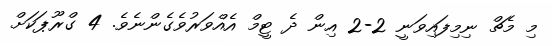
މި މެޗް ނިމިފައިވަނީ 2-2 އިން ދެ ޓީމް އެއްވަރުވެގެންނެވެ. 4 ގްރޫޕަކަށް